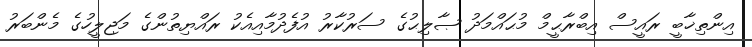
އިންތިޚާބީ ރައީސް އިބްރާޙީމް މުޙައްމަދު ޞާލިޙުގެ ސަރުކާރު އުފެދުމާއިއެކު ރައްޔިތުންގެ މަޖިލީހުގެ މެންބަރު